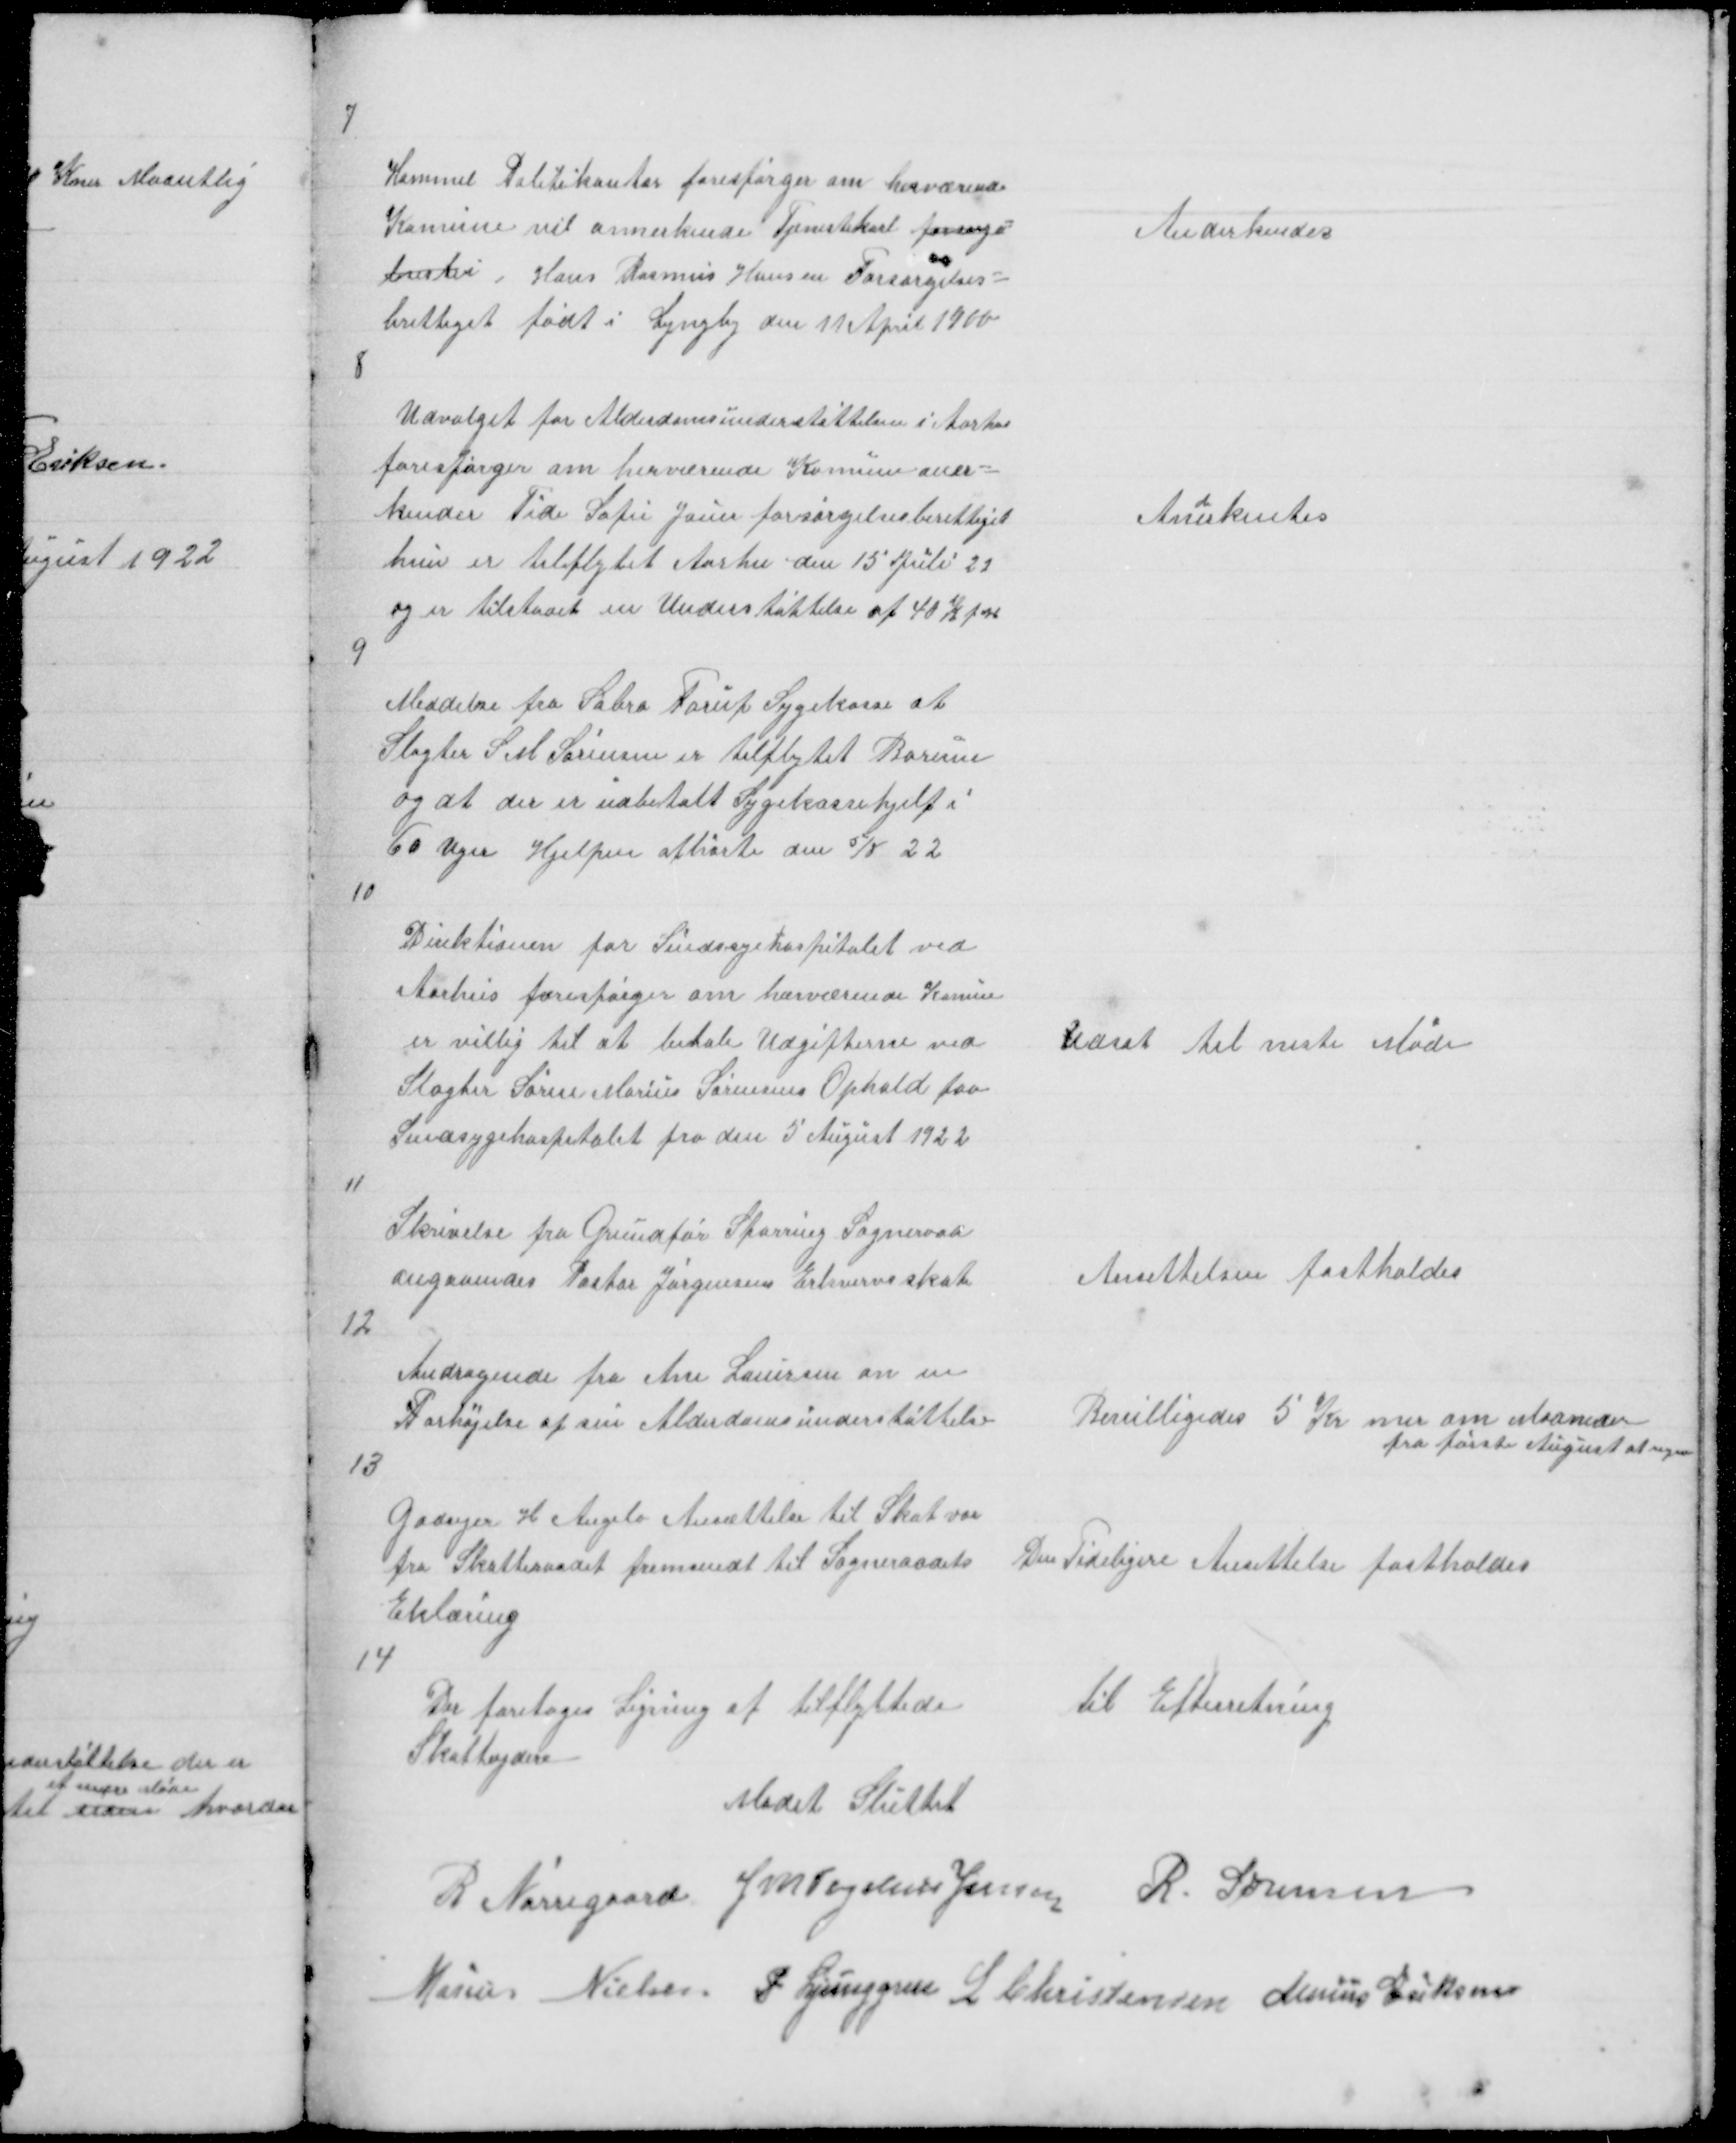
Transskription:
7

Hammel Politikontor forespørger om herværende
Komune vil annerkende Tjenestekarl forsørge=
lsesbe Hans Rasmus Hansen Forsørgelses =
brettiget født i Lyngby den 11 April 1900

Anderkendes

8

Udvalget for Alderdomsunderstøttelsen i Aarhus
forespørger om herværende Komune aner =
kender Tide Sofie Jauer forsørgelsesberettiget
hun er tilflytet Aarhu den 15 Juli 22
og er tilstaaet en Understøttelse af 40 K p M

An
d
erkentes

9

Meddelse fra Sabro Forup Sygekasse at
Slagter S M Sørensen er tilflytet Borum
og at der er udbetalt Sygekassehjelp i
60 Uger Hjelpen afhørte den 5/8 22

10

Direktionen for Sindssgehospitalet ved
Aarhus forespørger om hærværende Komun
er villig til at betale Udgifterne ved
Slagter Søren Marius Sørensens Ophold paa
Sindsygehospitalet fra den 5 August 1922

Udsat til neste Møde

11

Skrivelse fra Grundfør Spørring Sogneraad
angaaendes Pastor Jørgensens Erhvervsskat

Ansettelsen fastholdes

12

Andragende fra Ane Lauersen om en
Forhøjelse af sin Alderdomsunderstøttelse

Bevilligedes 5 Kr mer om Maaneden
fra første August at regne

13

Godsejer H Angelo Ansættelse til Skat var
fra Skatteraadet fremsendt til Sogneraadets
Erklæring

Den Tideligere Ansettelse fastholdes

14

Der foretoges Ligning af tilflyttede
Skatteydere

til Efterretning

Mødet sluttet
R Nørregaard J M Vogelius Jensen R. Sørensen
Marius Nielsen P Ljunggren L Christensen Marius Eriksen